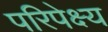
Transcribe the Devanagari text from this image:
परिपेक्ष्‍य